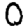
Digit: 0